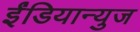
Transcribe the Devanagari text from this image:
ईंडियान्युज